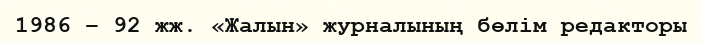
1986 – 92 жж. «Жалын» журналының бөлім редакторы